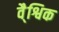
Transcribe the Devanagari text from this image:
वै्श्विक